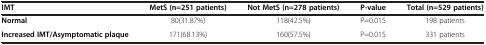
| IMT | MetS (n=251 patients) | Not MetS (n=278 patients) | P-value | Total (n=529 patients) |
 | --- | --- | --- | --- | --- |
 | Normal | 80(31.87%) | 118(42.5%) | P=0.015 | 198 patients |
 | Increased IMT/Asymptomatic plaque | 171(68.13%) | 160(57.5%) | P=0.015 | 331 patients |